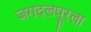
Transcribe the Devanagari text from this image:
जगदलपूरला